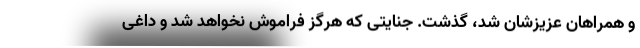
و همراهان عزیزشان شد، گذشت. جنایتی که هرگز فراموش نخواهد شد و داغی